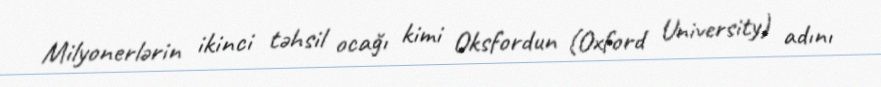
Milyonerlərin ikinci təhsil ocağı kimi Oksfordun (Oxford University) adını